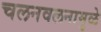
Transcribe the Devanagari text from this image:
चलनवलनामुळे